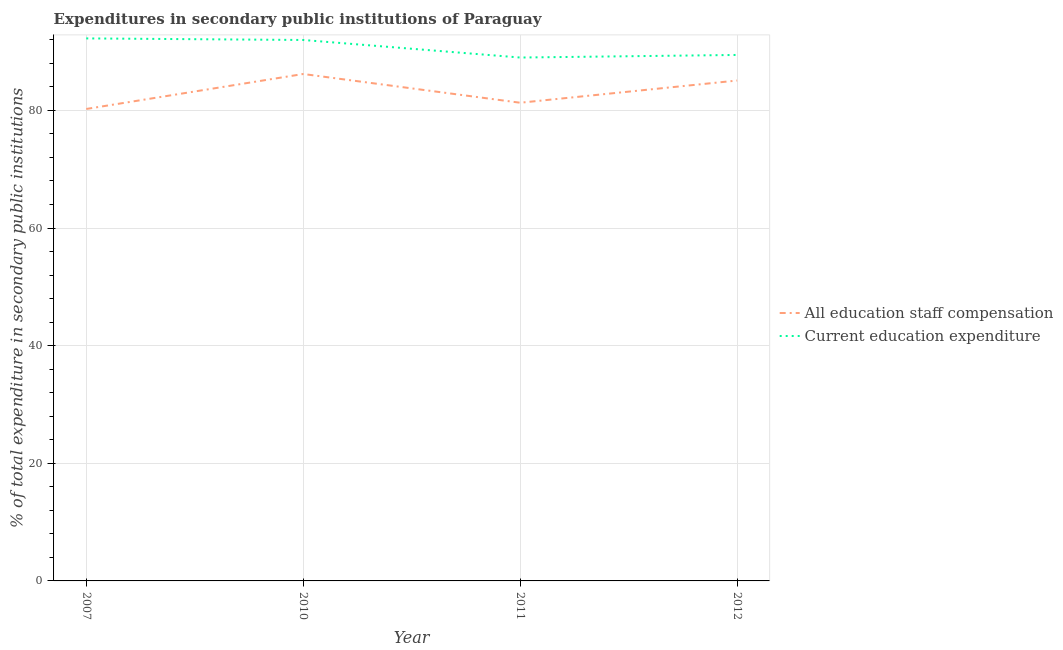
| Year | All education staff compensation | Current education expenditure |
 | --- | --- | --- |
 | 2007 | 80.2 | 92.2 |
 | 2010 | 86.2 | 92 |
 | 2011 | 81.3 | 89 |
 | 2012 | 85.1 | 89.4 |